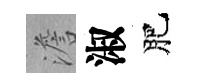
澹淑肥